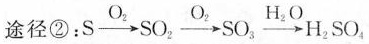
途径②：S \xrightarrow[]{O_{2}} SO_{2} \xrightarrow[]{O_{2}} SO_{3} \xrightarrow[]{H_{2}O} H_{2}SO_{4}